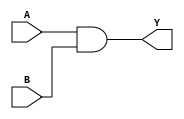
module techlib_and (A, B, Y);
parameter A_SIGNED = 0;
parameter B_SIGNED = 0;
parameter A_WIDTH = 0;
parameter B_WIDTH = 0;
parameter Y_WIDTH = 0;
input [A_WIDTH-1:0] A;
input [B_WIDTH-1:0] B;
output [Y_WIDTH-1:0] Y;
generate
	if (A_SIGNED && B_SIGNED) begin:BLOCK1
		assign Y = $signed(A) & $signed(B);
	end else begin:BLOCK2
		assign Y = A & B;
	end
endgenerate
endmodule